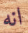
انه